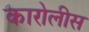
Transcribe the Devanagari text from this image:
कारोलीस